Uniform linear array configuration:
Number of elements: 64
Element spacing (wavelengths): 0.5
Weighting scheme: exponential
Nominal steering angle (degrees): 45
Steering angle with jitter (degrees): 43.759
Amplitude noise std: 0.05
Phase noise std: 0.05

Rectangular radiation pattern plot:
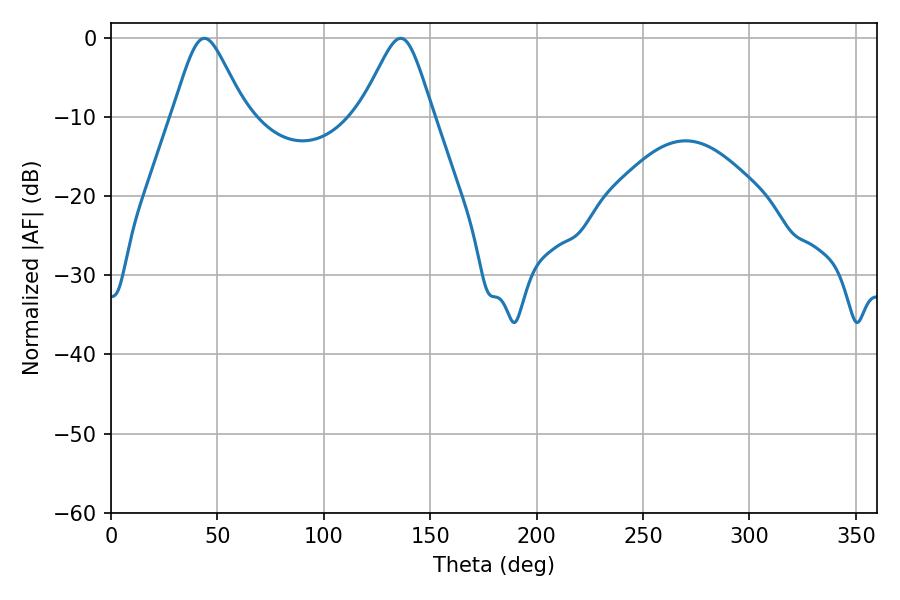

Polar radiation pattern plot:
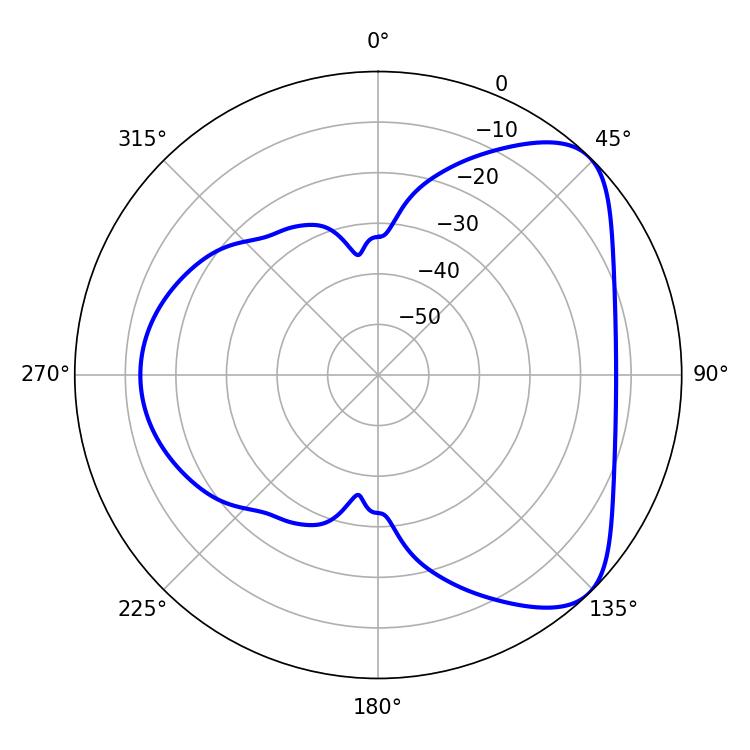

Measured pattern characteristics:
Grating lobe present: FALSE
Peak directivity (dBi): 6.125
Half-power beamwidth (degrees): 16.38
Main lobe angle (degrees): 43.92